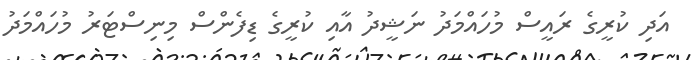
އަދި ކުރީގެ ރައީސް މުހައްމަދު ނަޝީދު އާއި ކުރީގެ ޑިފެންސް މިނިސްޓަރު މުހައްމަދު